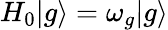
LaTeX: H_{0}|g\rangle=\omega_{g}|g\rangle